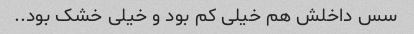
سس داخلش هم خیلی کم بود و خیلی خشک بود..